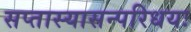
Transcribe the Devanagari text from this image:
सप्तास्यासन्परिधयः